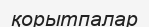
қорытпалар